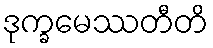
ဒုက္ခမေဿတီတိ